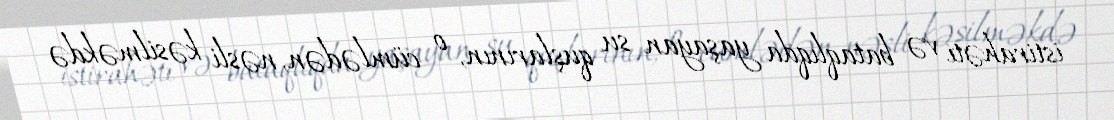
istirahəti və bataqlıqda yaşayan su quşlarının, o cümlədən, nəsli kəsilməkdə